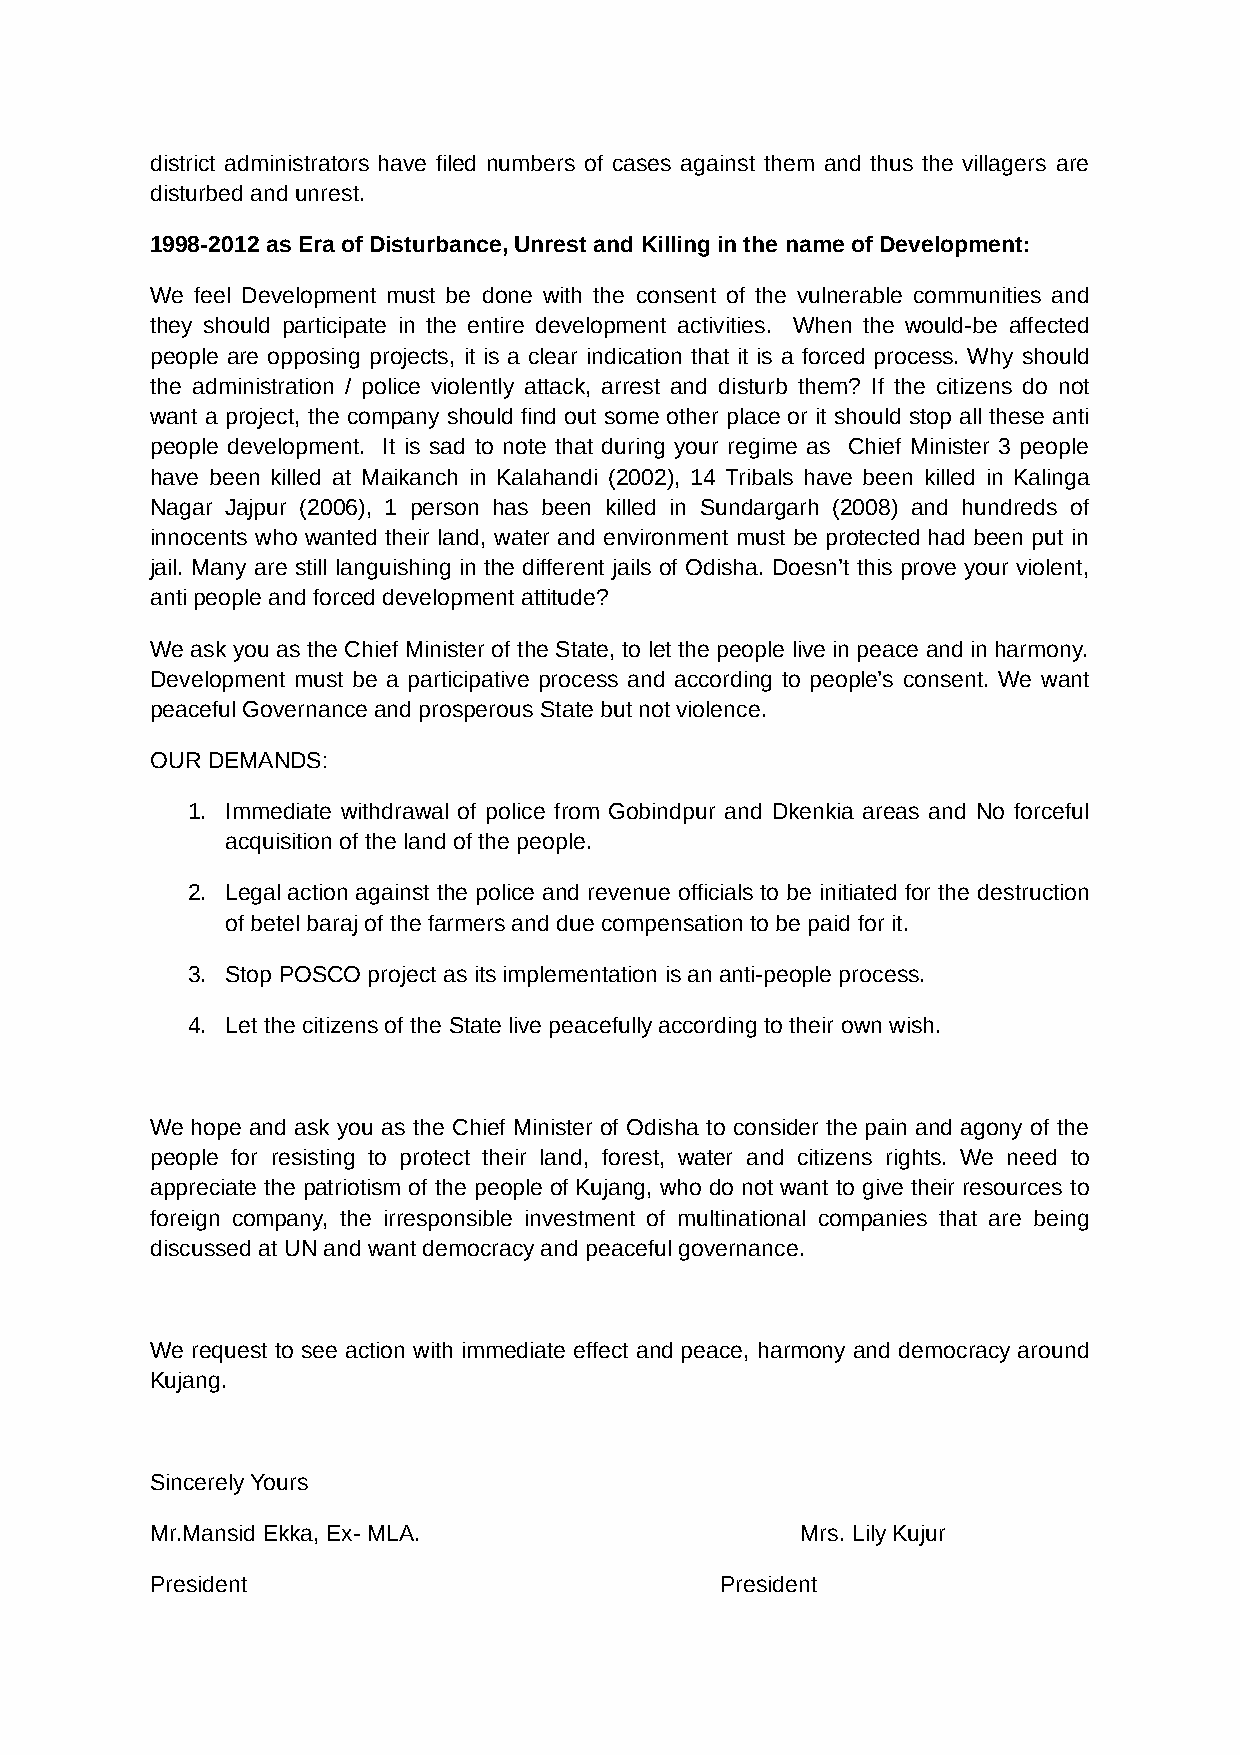
district administrators have filed numbers of cases against them and thus the villagers are
 disturbed and unrest.
 1998-2012 as Era of Disturbance, Unrest and Killing in the name of Development:
 We feel Development must be done with the consent of the vulnerable communities and
 they should participate in the entire development activities. When the would-be affected
 people are opposing projects, it is a clear indication that it is a forced process. Why should
 the administration / police violently attack, arrest and disturb them? If the citizens do not
 want a project, the company should find out some other place or it should stop all these anti
 people development. It is sad to note that during your regime as Chief Minister 3 people
 have been killed at Maikanch in Kalahandi (2002), 14 Tribals have been killed in Kalinga
 Nagar Jajpur (2006), 1 person has been killed in Sundargarh (2008) and hundreds of
 innocents who wanted their land, water and environment must be protected had been put in
 jail. Many are still languishing in the different jails of Odisha. Doesn’t this prove your violent,
 anti people and forced development attitude?
 We ask you as the Chief Minister of the State, to let the people live in peace and in harmony.
 Development must be a participative process and according to people’s consent. We want
 peaceful Governance and prosperous State but not violence.
 OUR DEMANDS:
 1. Immediate withdrawal of police from Gobindpur and Dkenkia areas and No forceful
 acquisition of the land of the people.
 2. Legal action against the police and revenue officials to be initiated for the destruction
 of betel baraj of the farmers and due compensation to be paid for it.
 3. Stop POSCO project as its implementation is an anti-people process.
 4. Let the citizens of the State live peacefully according to their own wish.
 We hope and ask you as the Chief Minister of Odisha to consider the pain and agony of the
 people for resisting to protect their land, forest, water and citizens rights. We need to
 appreciate the patriotism of the people of Kujang, who do not want to give their resources to
 foreign company, the irresponsible investment of multinational companies that are being
 discussed at UN and want democracy and peaceful governance.
 We request to see action with immediate effect and peace, harmony and democracy around
 Kujang.
 Sincerely Yours
 Mr.Mansid Ekka, Ex- MLA.                   Mrs. Lily Kujur
 President                             President